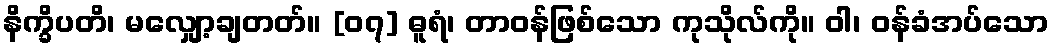
နိက္ခိပတိ၊ မလျှော့ချတတ်။ [၀၇] ဓူရံ၊ တာဝန်ဖြစ်သော ကုသိုလ်ကို။ ဝါ၊ ဝန်ခံအပ်သော